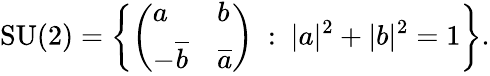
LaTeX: {\mathrm{SU}}(2)=\left\{ {\left(\begin{array}{ll}{a}&{b}\\ {-{\overline{{b}}}}&{{\overline{{a}}}}\end{array}\right)}\ :\ |a|^{2}+|b|^{2}=1\right\} .